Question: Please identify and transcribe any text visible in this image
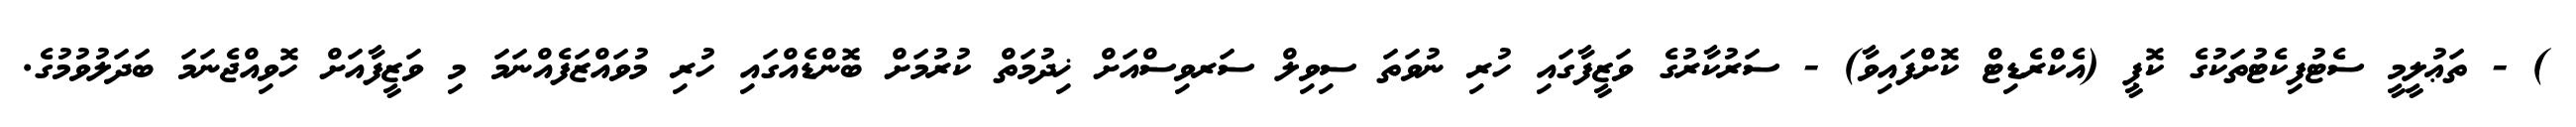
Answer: ) - ތަޢުލީމީ ސެޓުފިކެޓުތަކުގެ ކޮޕީ (އެކްރެޑިޓް ކޮށްފައިވާ) - ސަރުކާރުގެ ވަޒީފާގައި ހުރި ނުވަތަ ސިވިލް ސަރވިސްއަށް ޚިދުމަތް ކުރުމަށް ބޮންޑެއްގައި ހުރި މުވައްޒަފެއްނަމަ މި ވަޒީފާއަށް ހޮވިއްޖެނަމަ ބަދަލުވުމުގެ.